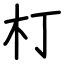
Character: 朾